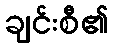
ချင်းစီ၏